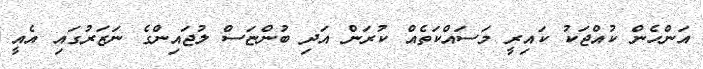
އަންހެން ކުއްޖަކު ކައިރީ މަސައްކަތެއް ކުރަން އަދި ބުންޏަސް ލުޖައިންގެ ނަޒަރުގައި އެއީ